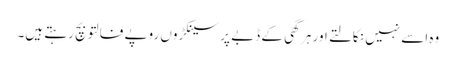
وہ اسے نہیں نکالتے اور ہر گھی کے ڈبے پر سینکڑوں روپے فالتو بچ رہتے ہیں۔